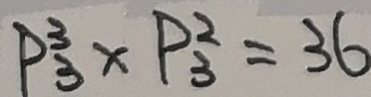
P _ { 3 } ^ { 3 } \times P _ { 3 } ^ { 2 } = 3 6